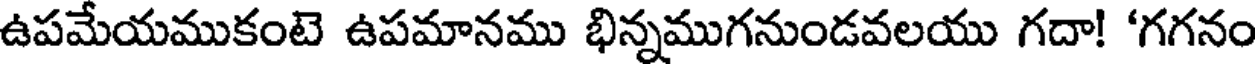
ఉపమేయముకంటె ఉపమానము భిన్నముగనుండవలయు గదా! 'గగనం